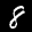
Label: 8